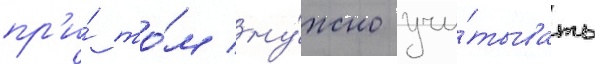
пр'и́ то́м ну́жно учи́тывать